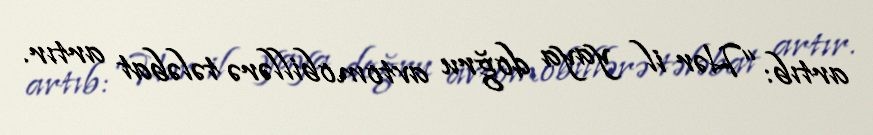
artıb: “Hər il yaya doğru avtomobillərə tələbat artır.